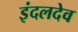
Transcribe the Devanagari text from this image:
इंदलदेव